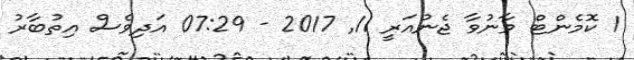
1 ކޮމެންޓް ވާނުވާ ޖެނުއަރީ 11